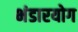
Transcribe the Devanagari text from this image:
भंडारयोग